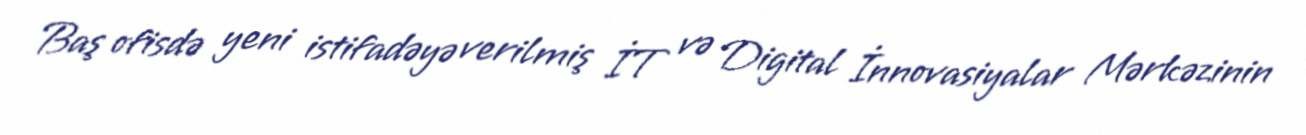
Baş ofisdə yeni istifadəyə verilmiş İT və Digital İnnovasiyalar Mərkəzinin